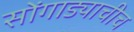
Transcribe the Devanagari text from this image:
सोंगाड्याचीच